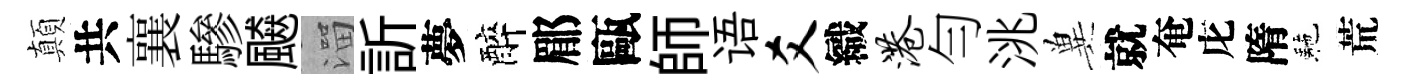
顛共襄驂飇溜訢夢醉郿甌師语爻織港勻洮兾就奄庀隋駰荒